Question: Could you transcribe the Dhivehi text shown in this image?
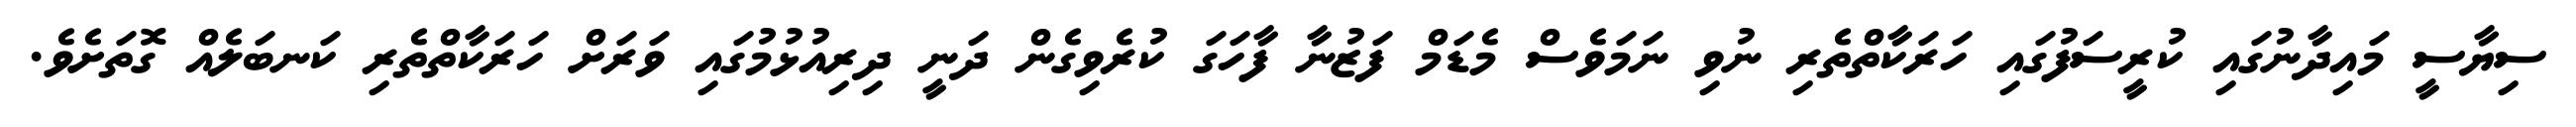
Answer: ސިޔާސީ މައިދާނުގައި ކުރީސަފުގައި ހަރަކާތްތެރި ނުވި ނަމަވެސް މެޑަމް ފަޒުނާ ފާހަގަ ކުރެވިގެން ދަނީ ދިރިއުޅުމުގައި ވަރަށް ހަރަކާތްތެރި ކަނބަލެއް ގޮތަށެވެ.